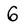
Character: 6